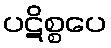
ပဋိစ္စပေ